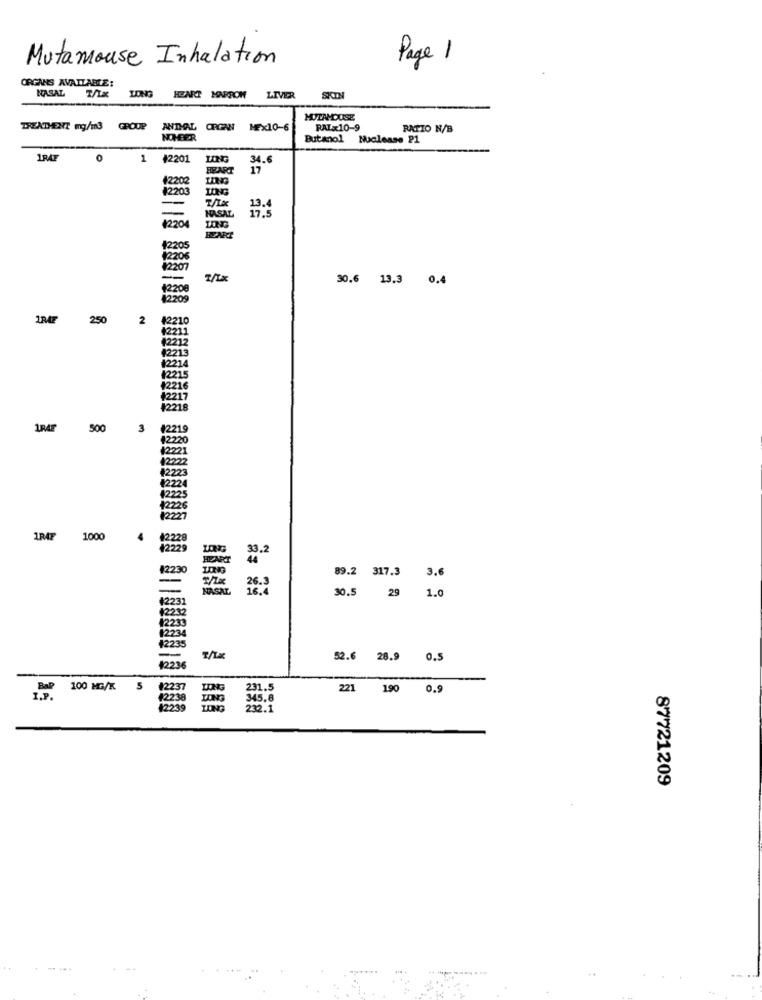
Mutamouse Inhalation
Page 1
ORGANS AVAILABLE:
NASAL
LONG
HEART HARCOW
LIVER
SKIN
MUITAMOUSE
TREATMENT mg/m3 GROUP
ANDAL CON
MEX10-6
RATx10-9
RATIO N/B
Butanol Nuclease P1
1RAF
0
1
42201
LONG
34.6
BEART
17
12202
#220
LONG
-
HASAZ
17.3
1220
$220
(220
12207
30.6 13.3 0.4
12208
12209
1R42
250
2
(2210
82212
2211
2215
12216
|2217
#2218
1RAP
500
3
(2219
1220
1221
1222
#222
₹222
1222
12226
2227
1RAT
1000
#2228
42229
33.2
#223
89.2 317.3
3.6
26.
NASAL
16.
29
(2233
30.5
1.0
12212
12239
1234
12235
52.6 28.9
0.5
1223
100 MG/K 5
221 190 0.9
87721209